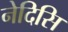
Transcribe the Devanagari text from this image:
नेदिसि